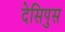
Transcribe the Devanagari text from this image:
देसिपुस